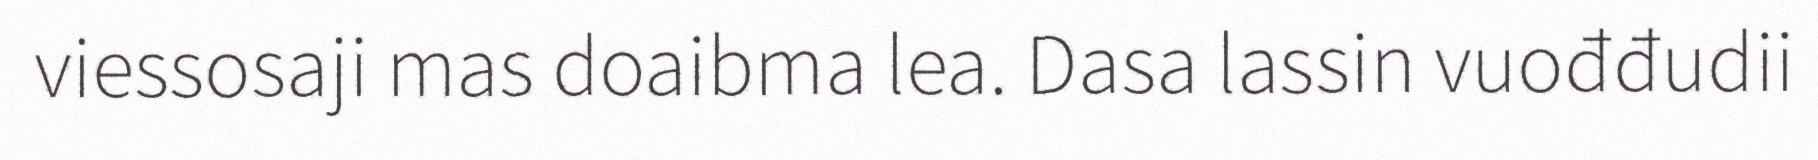
viessosaji mas doaibma lea. Dasa lassin vuođđudii